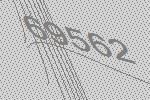
69562